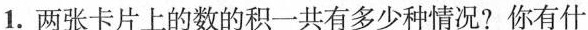
1.两张卡片上的数的积一共有多少种情况?你有什